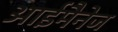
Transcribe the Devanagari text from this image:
आईमैनेज